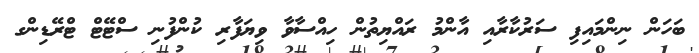
ބަހަން ނިންމައިފި ސަރުކާރާއި އާންމު ރައްޔިތުން ހިއްސާވާ ވިޔަފާރި ކުންފުނި ސްޓޭޓް ޓްރޭޑިންގ